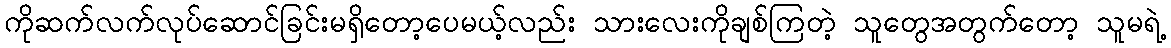
ကိုဆက်လက်လုပ်ဆောင်ခြင်းမရှိတော့ပေမယ့်လည်း သားလေးကိုချစ်ကြတဲ့ သူတွေအတွက်တော့ သူမရဲ့